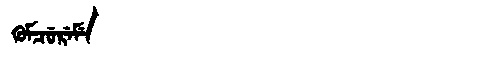
Manchu: ᡴᡠᠮᠴᡠᡵᡝᠮᡝ
Romanization: KUMCUREME